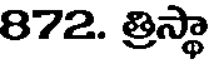
872. త్రిస్థా